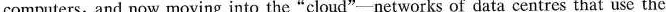
computers, and now moving into the"cloud"-networks of data centres that use the